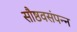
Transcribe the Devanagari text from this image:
सौष्ठवसंपन्न